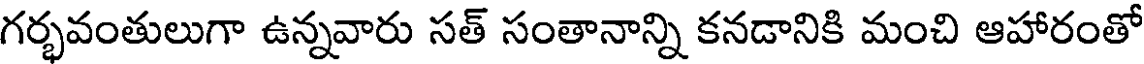
గర్భవంతులుగా ఉన్నవారు సత్ సంతానాన్ని కనడానికి మంచి ఆహారంతో